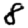
Digit: 8